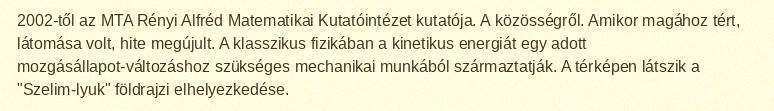
2002-től az MTA Rényi Alfréd Matematikai Kutatóintézet kutatója. A közösségről. Amikor magához tért, látomása volt, hite megújult. A klasszikus fizikában a kinetikus energiát egy adott mozgásállapot-változáshoz szükséges mechanikai munkából származtatják. A térképen látszik a "Szelim-lyuk" földrajzi elhelyezkedése.